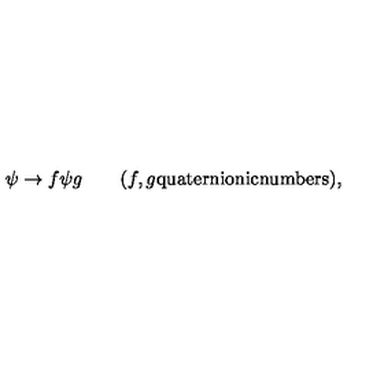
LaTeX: \psi \rightarrow f \psi g \quad \quad ( f , g \mathrm { q u a t e r n i o n i c n u m b e r s } ) ,